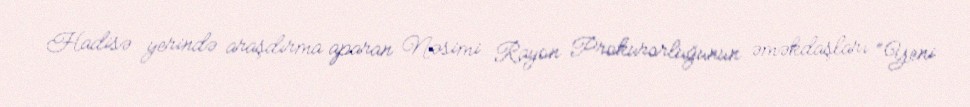
Hadisə yerində araşdırma aparan Nəsimi Rayon Prokurorluğunun əməkdaşları “Yeni